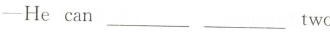
--Te can ___ ___two